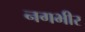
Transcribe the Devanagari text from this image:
नगभीर